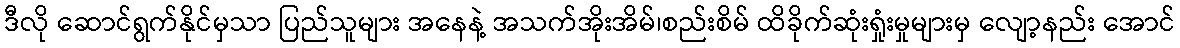
ဒီလို ဆောင်ရွက်နိုင်မှသာ ပြည်သူများ အနေနဲ့ အသက်အိုးအိမ်၊စည်းစိမ် ထိခိုက်ဆုံးရှုံးမှုများမှ လျော့နည်း အောင်